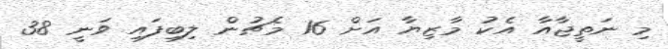
މި ނަތީޖާއާ އެކު މާޒިޔާ އަށް 16 މެޗުން ލިބިފައި ވަނީ 38